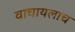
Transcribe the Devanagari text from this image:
वाचायलाच